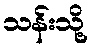
သန်းသို့